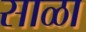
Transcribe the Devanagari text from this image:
साळा